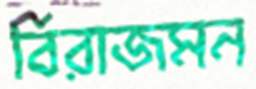
বিরাজমন